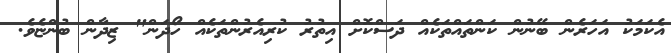
އެކަމަކު އަހަރެން ބޭނުން ކަންތައްތަކެއް ދަސްކޮށް އިތުރު ކުރިއެރުންތަކެއް ހޯދަން" ޒިދާން ބުންޏެވެ.